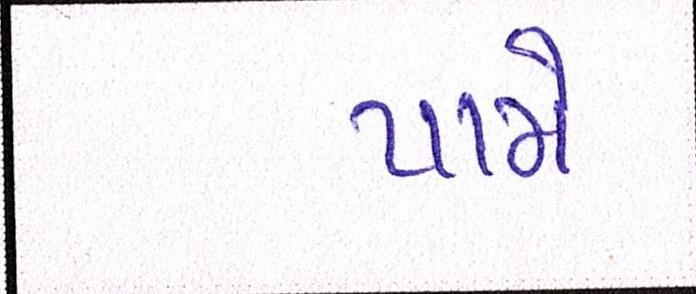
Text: પામે